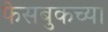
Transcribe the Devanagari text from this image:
फेसबुकच्या